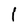
Character: l